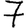
Digit: 7